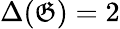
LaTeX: \Delta(\mathfrak{G})=2